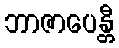
ဘာဇာပေန္တီ